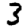
Digit: 3